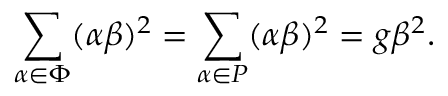
\sum _ { \alpha \in \Phi } ( \alpha \beta ) ^ { 2 } = \sum _ { \alpha \in P } ( \alpha \beta ) ^ { 2 } = g \beta ^ { 2 } .